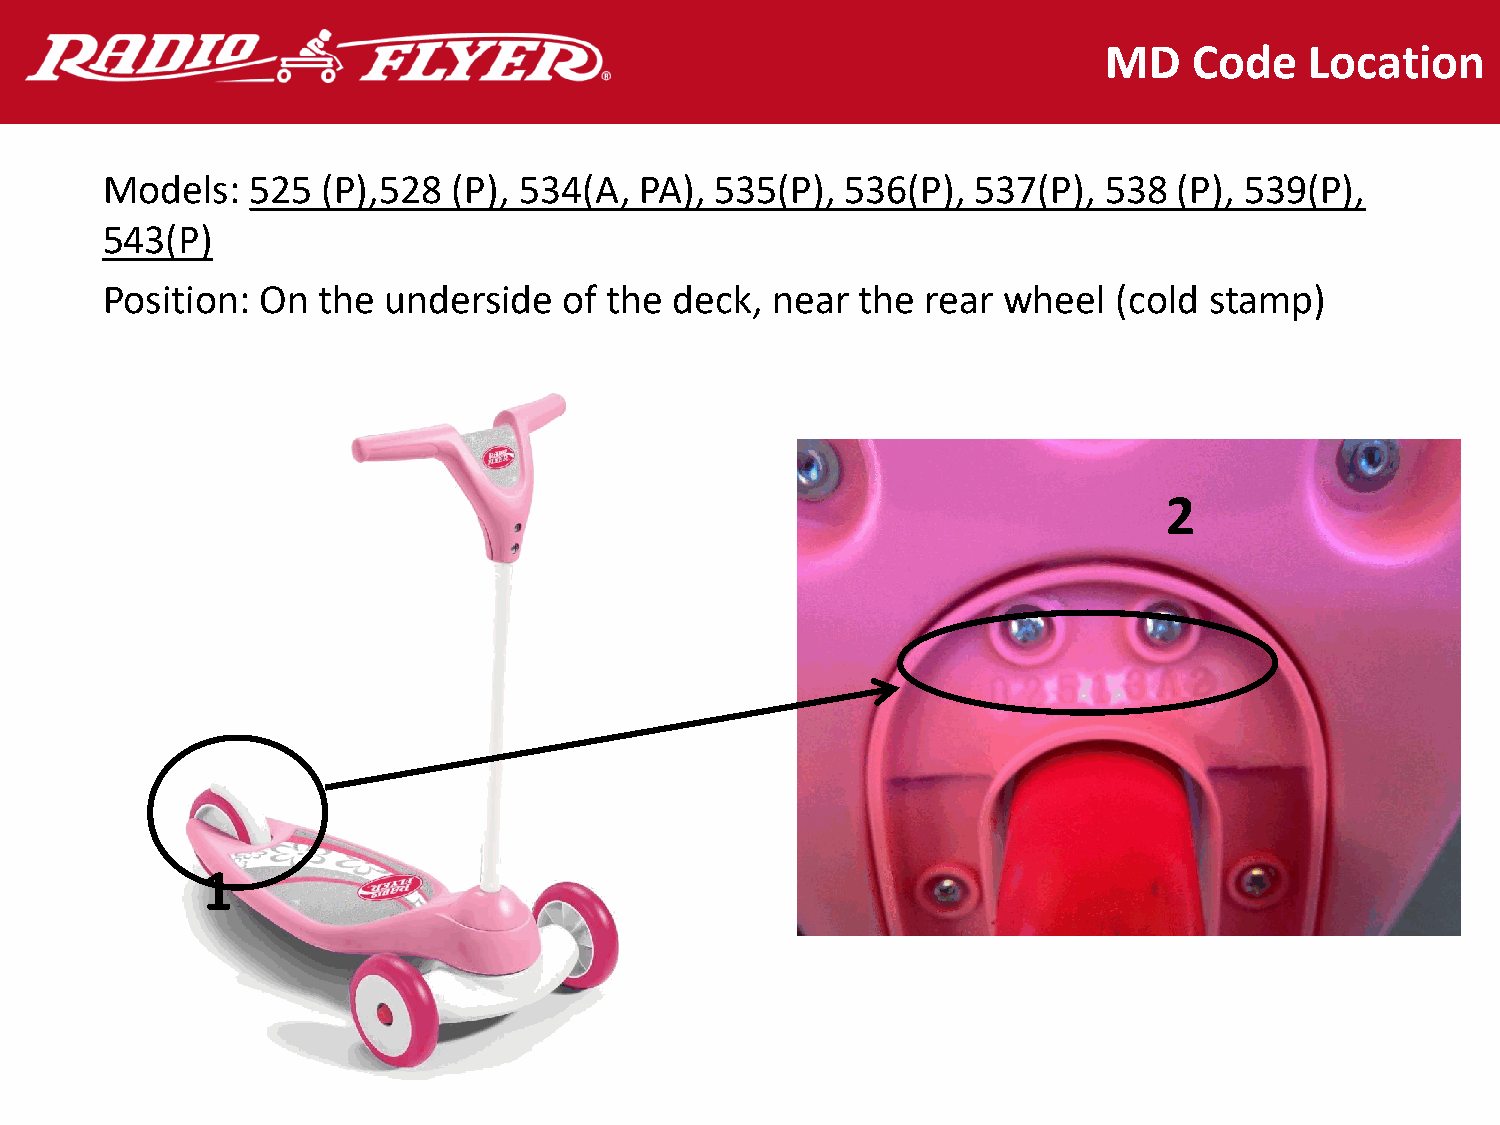
MD    Code    Location
 Models:   525 (P),528  (P), 534(A, PA), 535(P),  536(P),  537(P), 538  (P), 539(P),
 543(P)
 Position: On  the underside   of the  deck, near  the rear wheel   (cold stamp)
 2
 1